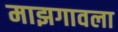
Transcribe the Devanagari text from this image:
माझगावला